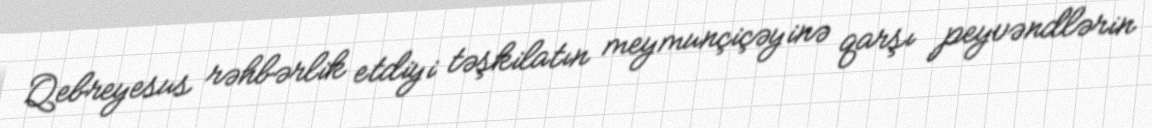
Qebreyesus rəhbərlik etdiyi təşkilatın meymunçiçəyinə qarşı peyvəndlərin